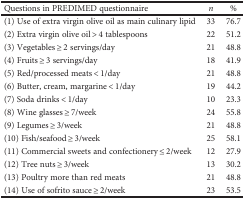
| Questions in PREDIMED questionnaire | n | % |
 | --- | --- | --- |
 | (1) Use of extra virgin olive oil as main culinary lipid | 33 | 76.7 |
 | (2) Extra virgin olive oil > 4 tablespoons | 22 | 51.2 |
 | (3) Vegetables ≥ 2 servings/day | 21 | 48.8 |
 | (4) Fruits ≥ 3 servings/day | 18 | 41.9 |
 | (5) Red/processed meats < 1/day | 21 | 48.8 |
 | (6) Butter, cream, margarine < 1/day | 19 | 44.2 |
 | (7) Soda drinks < 1/day | 10 | 23.3 |
 | (8) Wine glasses ≥ 7/week | 24 | 55.8 |
 | (9) Legumes ≥ 3/week | 21 | 48.8 |
 | (10) Fish/seafood ≥ 3/week | 25 | 58.1 |
 | (11) Commercial sweets and confectionery ≤ 2/week | 12 | 27.9 |
 | (12) Tree nuts ≥ 3/week | 13 | 30.2 |
 | (13) Poultry more than red meats | 21 | 48.8 |
 | (14) Use of sofrito sauce ≥ 2/week | 23 | 53.5 |